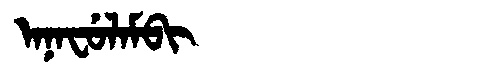
Manchu: ᠠᠨᠠᠸᡠᠯᠠᠮᠪᡳ
Romanization: ANAFULAMBI